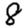
Digit: 8